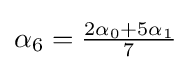
{\textstyle \alpha _{6}={{2\alpha _{0}+5\alpha _{1}} \over 7}}